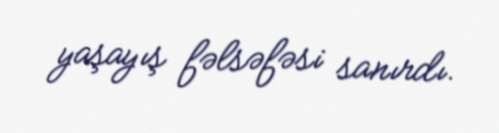
yaşayış fəlsəfəsi sanırdı.